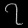
Digit: ၇